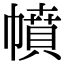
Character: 幩